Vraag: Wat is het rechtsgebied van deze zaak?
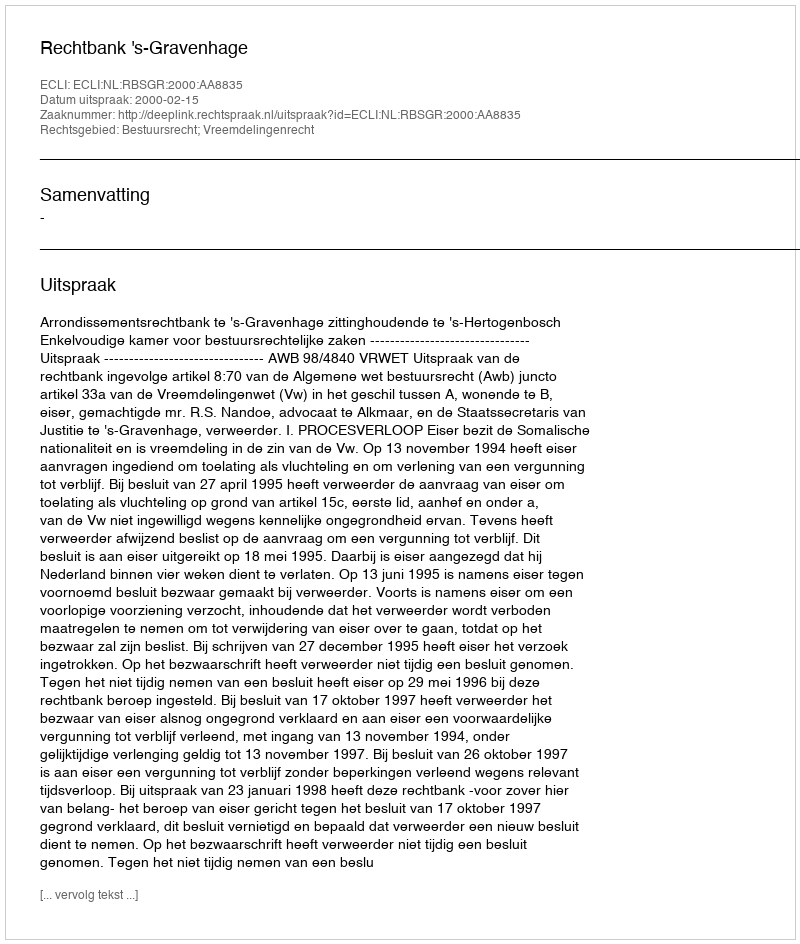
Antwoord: Bestuursrecht; Vreemdelingenrecht